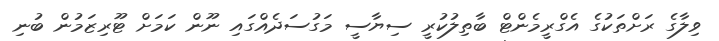
ވިލާގެ ރަށްތަކުގެ އެގްރީމެންޓް ބާތިލުކުރީ ސިޔާސީ މަގުސަދެއްގައި ނޫން ކަމަށް ޓޫރިޒަމުން ބުނި